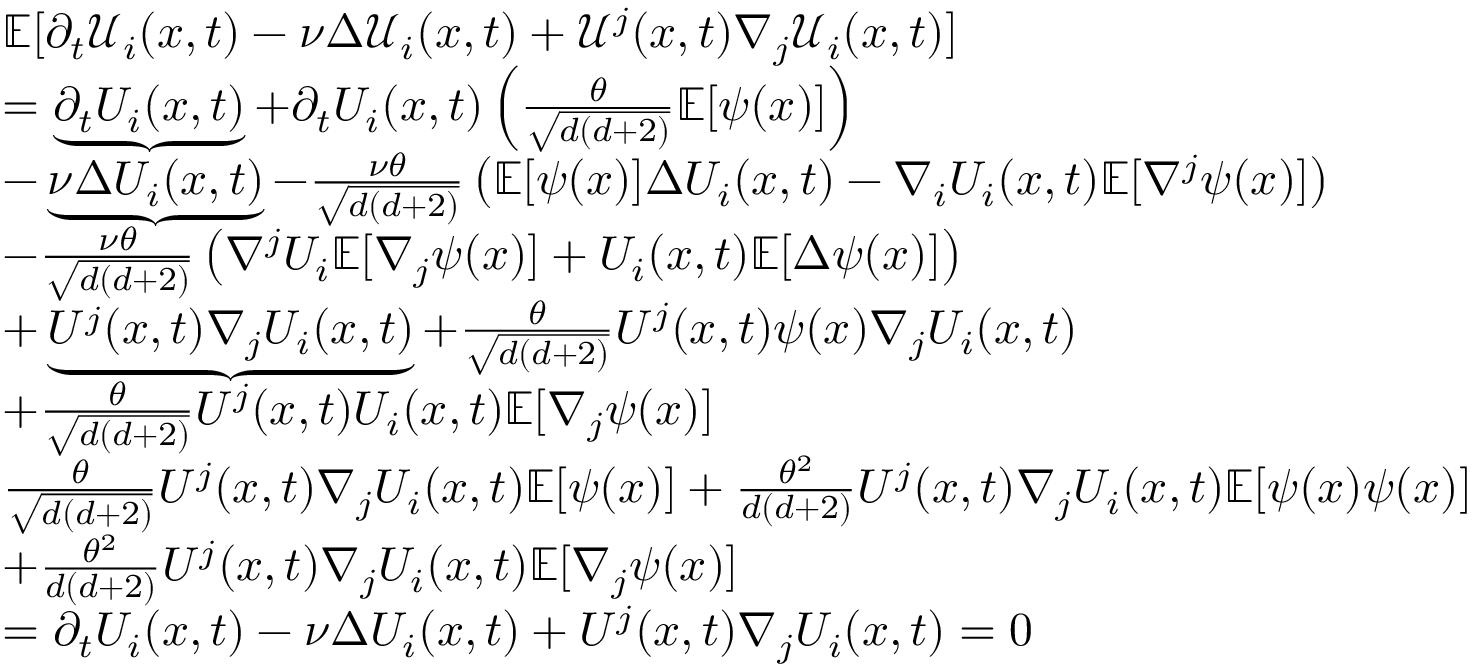
\begin{array} { r l } & { \mathbb { E } [ \partial _ { t } \mathcal { U } _ { i } ( x , t ) - \nu \Delta \mathcal { U } _ { i } ( x , t ) + \mathcal { U } ^ { j } ( x , t ) \nabla _ { j } \mathcal { U } _ { i } ( x , t ) ] } \\ & { = \underbrace { \partial _ { t } U _ { i } ( x , t ) } + \partial _ { t } U _ { i } ( x , t ) \left( \frac { \theta } { \sqrt { d ( d + 2 ) } } \mathbb { E } [ \psi ( x ) ] \right) } \\ & { - \underbrace { \nu \Delta U _ { i } ( x , t ) } - \frac { \nu \theta } { \sqrt { d ( d + 2 ) } } \left( \mathbb { E } [ \psi ( x ) ] \Delta U _ { i } ( x , t ) - \nabla _ { i } U _ { i } ( x , t ) \mathbb { E } [ \nabla ^ { j } \psi ( x ) ] \right) } \\ & { - \frac { \nu \theta } { \sqrt { d ( d + 2 ) } } \left( \nabla ^ { j } U _ { i } \mathbb { E } [ \nabla _ { j } \psi ( x ) ] + U _ { i } ( x , t ) \mathbb { E } [ \Delta \psi ( x ) ] \right) } \\ & { + \underbrace { U ^ { j } ( x , t ) \nabla _ { j } U _ { i } ( x , t ) } + \frac { \theta } { \sqrt { d ( d + 2 ) } } U ^ { j } ( x , t ) \psi ( x ) \nabla _ { j } U _ { i } ( x , t ) } \\ & { + \frac { \theta } { \sqrt { d ( d + 2 ) } } U ^ { j } ( x , t ) U _ { i } ( x , t ) \mathbb { E } [ \nabla _ { j } \psi ( x ) ] } \\ & { \frac { \theta } { \sqrt { d ( d + 2 ) } } U ^ { j } ( x , t ) \nabla _ { j } U _ { i } ( x , t ) \mathbb { E } [ \psi ( x ) ] + \frac { \theta ^ { 2 } } { { d ( d + 2 ) } } U ^ { j } ( x , t ) \nabla _ { j } U _ { i } ( x , t ) \mathbb { E } [ \psi ( x ) \psi ( x ) ] } \\ & { + \frac { \theta ^ { 2 } } { { d ( d + 2 ) } } U ^ { j } ( x , t ) \nabla _ { j } U _ { i } ( x , t ) \mathbb { E } [ \nabla _ { j } \psi ( x ) ] } \\ & { = \partial _ { t } { U } _ { i } ( x , t ) - \nu \Delta { U } _ { i } ( x , t ) + { U } ^ { j } ( x , t ) \nabla _ { j } { U } _ { i } ( x , t ) = 0 } \end{array}